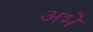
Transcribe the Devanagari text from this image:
अभे